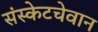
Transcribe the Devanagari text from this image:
संस्केटचेवान